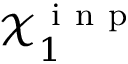
\mathcal { X } _ { 1 } ^ { \mathrm { ~ i ~ n ~ p ~ } }